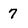
Character: 7